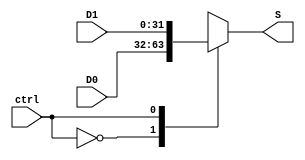
module Multiplexer_AC\n  # (parameter W = 32)\n  (\n    input wire ctrl,\n    input wire [W-1:0] D0,\n    input wire [W-1:0] D1,\n    output reg [W-1:0] S\n\n    );\n\n\n   always @(ctrl, D0, D1)\n      case (ctrl)\n         1'b0: S <= D0;\n         1'b1: S <= D1;\n      endcase\n\nendmodule
module Rotate_Mux_Array\n    #(parameter SWR=26)\n    (\n    input wire [SWR-1:0] Data_i,\n    input wire select_i,\n    output wire [SWR-1:0] Data_o\n    );\n\n  genvar j;//Create a variable for the loop FOR\n  generate for (j=0; j <= SWR-1; j=j+1) begin : MUX_ARRAY\n\n    case (j)\n\n      SWR-1-j:begin : MUX_ARRAY11\n        assign Data_o[j]=Data_i[SWR-1-j];\n        end\n\n      default:begin : MUX_ARRAY12\n      Multiplexer_AC #(.W(1)) rotate_mux(\n            .ctrl(select_i),\n            .D0 (Data_i[j]),\n            .D1 (Data_i[SWR-1-j]),\n            .S (Data_o[j])\n          );\n        end\n      endcase\n    end\n  endgenerate\n\nendmodule
module DW_rbsh_inst #(parameter SWR = 8, parameter EWR = 3) ( Data_i, Shift_Value_i, inst_SH_TC, Data_o );\n//Barrel Shifter with Preferred Right Direction\n\n  input [SWR-1 : 0] Data_i;\n  input [EWR-1 : 0] Shift_Value_i;\n  input inst_SH_TC;\n  output [SWR-1 : 0] Data_o;\n\n      // Instance of DW_rbsh\n      DW_rbsh #(SWR, EWR) U1 (\n        .A(Data_i),\n        .SH(Shift_Value_i),\n        .SH_TC(inst_SH_TC),\n        .B(Data_o) );\n\nendmodule
module Mux_Array_DW\n    #(parameter SWR=26, parameter EWR=5)\n    (\n    input wire clk,\n    input wire rst,\n    input wire [SWR-1:0] Data_i,\n    input wire FSM_left_right_i,\n    input wire [EWR-1:0] Shift_Value_i,\n    input wire bit_shift_i,\n    output wire [SWR-1:0] Data_o\n    );\n////ge\nwire [SWR:0] Data_array[EWR+1:0];\nassign Data_array [0] = {Data_i, bit_shift_i};\n//////////////////7\ngenvar k;//Level\n///////////////////77777\nRotate_Mux_Array #(.SWR(SWR+1)) first_rotate(\n\t.Data_i(Data_array [0] ),\n\t.select_i(FSM_left_right_i),\n\t.Data_o(Data_array [1][SWR:0])\n\t);\n\n  DW_rbsh_inst #(\n      .SWR(SWR+1),\n      .EWR(EWR)\n    ) inst_DW_rbsh_inst (\n      .Data_i        (Data_array [2][SWR:0]),\n      .Shift_Value_i (Shift_Value_i),\n      .inst_SH_TC    (FSM_left_right_i),\n      .Data_o        (Data_array [3][SWR:0])\n    );\n\nRotate_Mux_Array #(.SWR(SWR+1) last_rotate(\n\t.Data_i(Data_array [4][SWR:0]),\n\t.select_i(FSM_left_right_i),\n\t.Data_o(Data_o)\n\t);\n\n\n\nendmodule